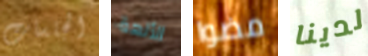
الجلسات الألهة مضوا لدينا